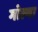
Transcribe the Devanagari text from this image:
गोल्वा